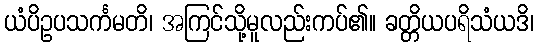
ယံပိဥပသင်္ကမတိ၊ အကြင်သို့မူလည်းကပ်၏။ ခတ္တိယပရိသံယဒိ၊